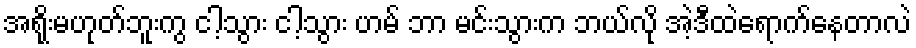
အရိုးမဟုတ်ဘူးကွ ငါ့သွား ငါ့သွား ဟမ် ဘာ မင်းသွားက ဘယ်လို အဲ့ဒီထဲရောက်နေတာလဲ